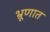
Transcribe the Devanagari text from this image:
भ्रूणात